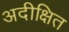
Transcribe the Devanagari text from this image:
अदीक्षित